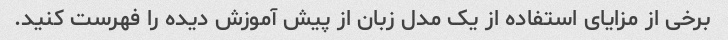
برخی از مزایای استفاده از یک مدل زبان از پیش آموزش دیده را فهرست کنید.